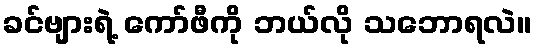
ခင်ဗျားရဲ့ ကော်ဖီကို ဘယ်လို သဘောရလဲ။